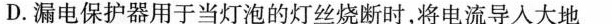
D.漏电保护器用于当灯泡的灯丝烧断时，将电流导人大地